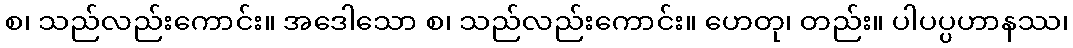
စ၊ သည်လည်းကောင်း။ အဒေါသော စ၊ သည်လည်းကောင်း။ ဟေတု၊ တည်း။ ပါပပ္ပဟာနဿ၊